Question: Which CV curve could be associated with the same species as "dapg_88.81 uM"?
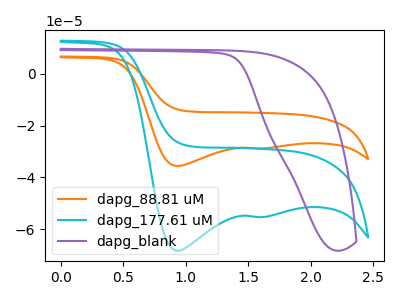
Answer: <think>The orange curve "dapg_88.81 uM" has cathodic peaks at (0.95V, -35.55uA) (1.55V, -28.75uA). The cyan curve "dapg_177.61 uM" has cathodic peaks at (0.95V, -68.25uA) (1.55V, -55.25uA). The purple curve "dapg_blank" has no peaks.
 All the peaks in "dapg_88.81 uM" have a peak in "dapg_177.61 uM" at the same potential. Every peak in "dapg_88.81 uM" is lower than every peak in "dapg_177.61 uM". "dapg_88.81 uM" and "dapg_blank" have a different number of peaks. "dapg_177.61 uM" and "dapg_blank" have a different number of peaks.</think>
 <answer>The CV with the most similar shape to "dapg_177.61 uM" is "dapg_88.81 uM".</answer>
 <eval>"dapg_88.81 uM"</eval>